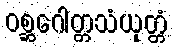
ဝစ္ဆဂေါတ္တသံယုတ္တံ